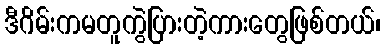
ဒီဂိမ်းကမတူကွဲပြားတဲ့ကားတွေဖြစ်တယ်၊